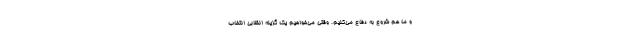
و ما هم شروع به دفاع می‌کنیم. وقتی می‌خواهیم یک گزینه انقلابی انتخاب